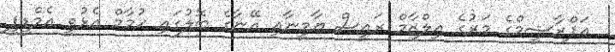
އަފްރާޝީމްގެ މަރުގެ އިލްޒާމް ރައީސް ޔާމީނާއި އޭނާގެ ބޮލުގައި ހުމާމް އެޅުވީ އެމްޑީޕީ